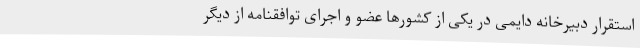
استقرار دبیرخانه دایمی در یکی از کشورها عضو و اجرای توافقنامه از دیگر